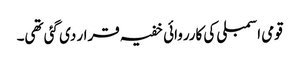
قومی اسمبلی کی کارروائی خفیہ قرار دی گئی تھی۔